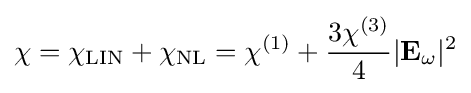
\chi =\chi _{\mathrm {LIN} }+\chi _{\mathrm {NL} }=\chi ^{(1)}+{\frac {3\chi ^{(3)}}{4}}|\mathbf {E} _{\omega }|^{2}